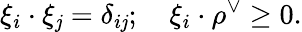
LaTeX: \xi_{i}\cdot\xi_{\mathit{j}}=\delta_{i\mathit{j}};\quad\xi_{i}\cdot\rho^{\vee}\geq0.